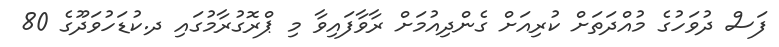
ފަސް ދުވަހުގެ މުއްދަތަށް ކުރިއަށް ގެންދިއުމަށް ރާވާފައިވާ މި ޕްރޮގުރާމުގައި ދ.ކުޑަހުވަދޫގެ 80